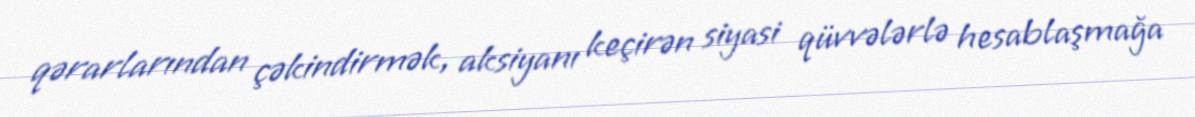
qərarlarından çəkindirmək, aksiyanı keçirən siyasi qüvvələrlə hesablaşmağa